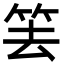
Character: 𥬔